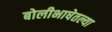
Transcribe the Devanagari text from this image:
बोलीभाषेतल्या